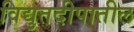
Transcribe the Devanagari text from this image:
विद्युतदीपातील